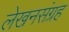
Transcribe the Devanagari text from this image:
लेखनसंग्रह